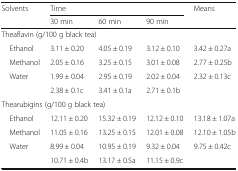
<table><thead><tr><td rowspan="2"><b>Solvents</b></td><td colspan="3"><b>Time</b></td><td rowspan="2"><b>Means</b></td></tr><tr><td><b>30 min</b></td><td><b>60 min</b></td><td><b>90 min</b></td></tr></thead><tbody><tr><td colspan="5">Theaflavin (g/100 g black tea)</td></tr><tr><td> Ethanol</td><td>3.11 ± 0.20</td><td>4.05 ± 0.19</td><td>3.12 ± 0.10</td><td>3.42 ± 0.27a</td></tr><tr><td> Methanol</td><td>2.05 ± 0.16</td><td>3.25 ± 0.15</td><td>3.01 ± 0.08</td><td>2.77 ± 0.25b</td></tr><tr><td> Water</td><td>1.99 ± 0.04</td><td>2.95 ± 0.19</td><td>2.02 ± 0.04</td><td>2.32 ± 0.13c</td></tr><tr><td></td><td>2.38 ± 0.1c</td><td>3.41 ± 0.1a</td><td>2.71 ± 0.1b</td><td></td></tr><tr><td colspan="5">Thearubigins (g/100 g black tea)</td></tr><tr><td> Ethanol</td><td>12.11 ± 0.20</td><td>15.32 ± 0.19</td><td>12.12 ± 0.10</td><td>13.18 ± 1.07a</td></tr><tr><td> Methanol</td><td>11.05 ± 0.16</td><td>13.25 ± 0.15</td><td>12.01 ± 0.08</td><td>12.10 ± 1.05b</td></tr><tr><td> Water</td><td>8.99 ± 0.04</td><td>10.95 ± 0.19</td><td>9.32 ± 0.04</td><td>9.75 ± 0.42c</td></tr><tr><td></td><td>10.71 ± 0.4b</td><td>13.17 ± 0.5a</td><td>11.15 ± 0.9c</td><td></td></tr></tbody></table>